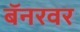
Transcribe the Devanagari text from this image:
बॅनरवर